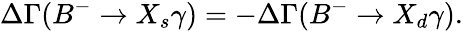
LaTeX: \Delta\Gamma(B^{-}\to X_{s}\gamma)=-\Delta\Gamma(B^{-}\to X_{d}\gamma).